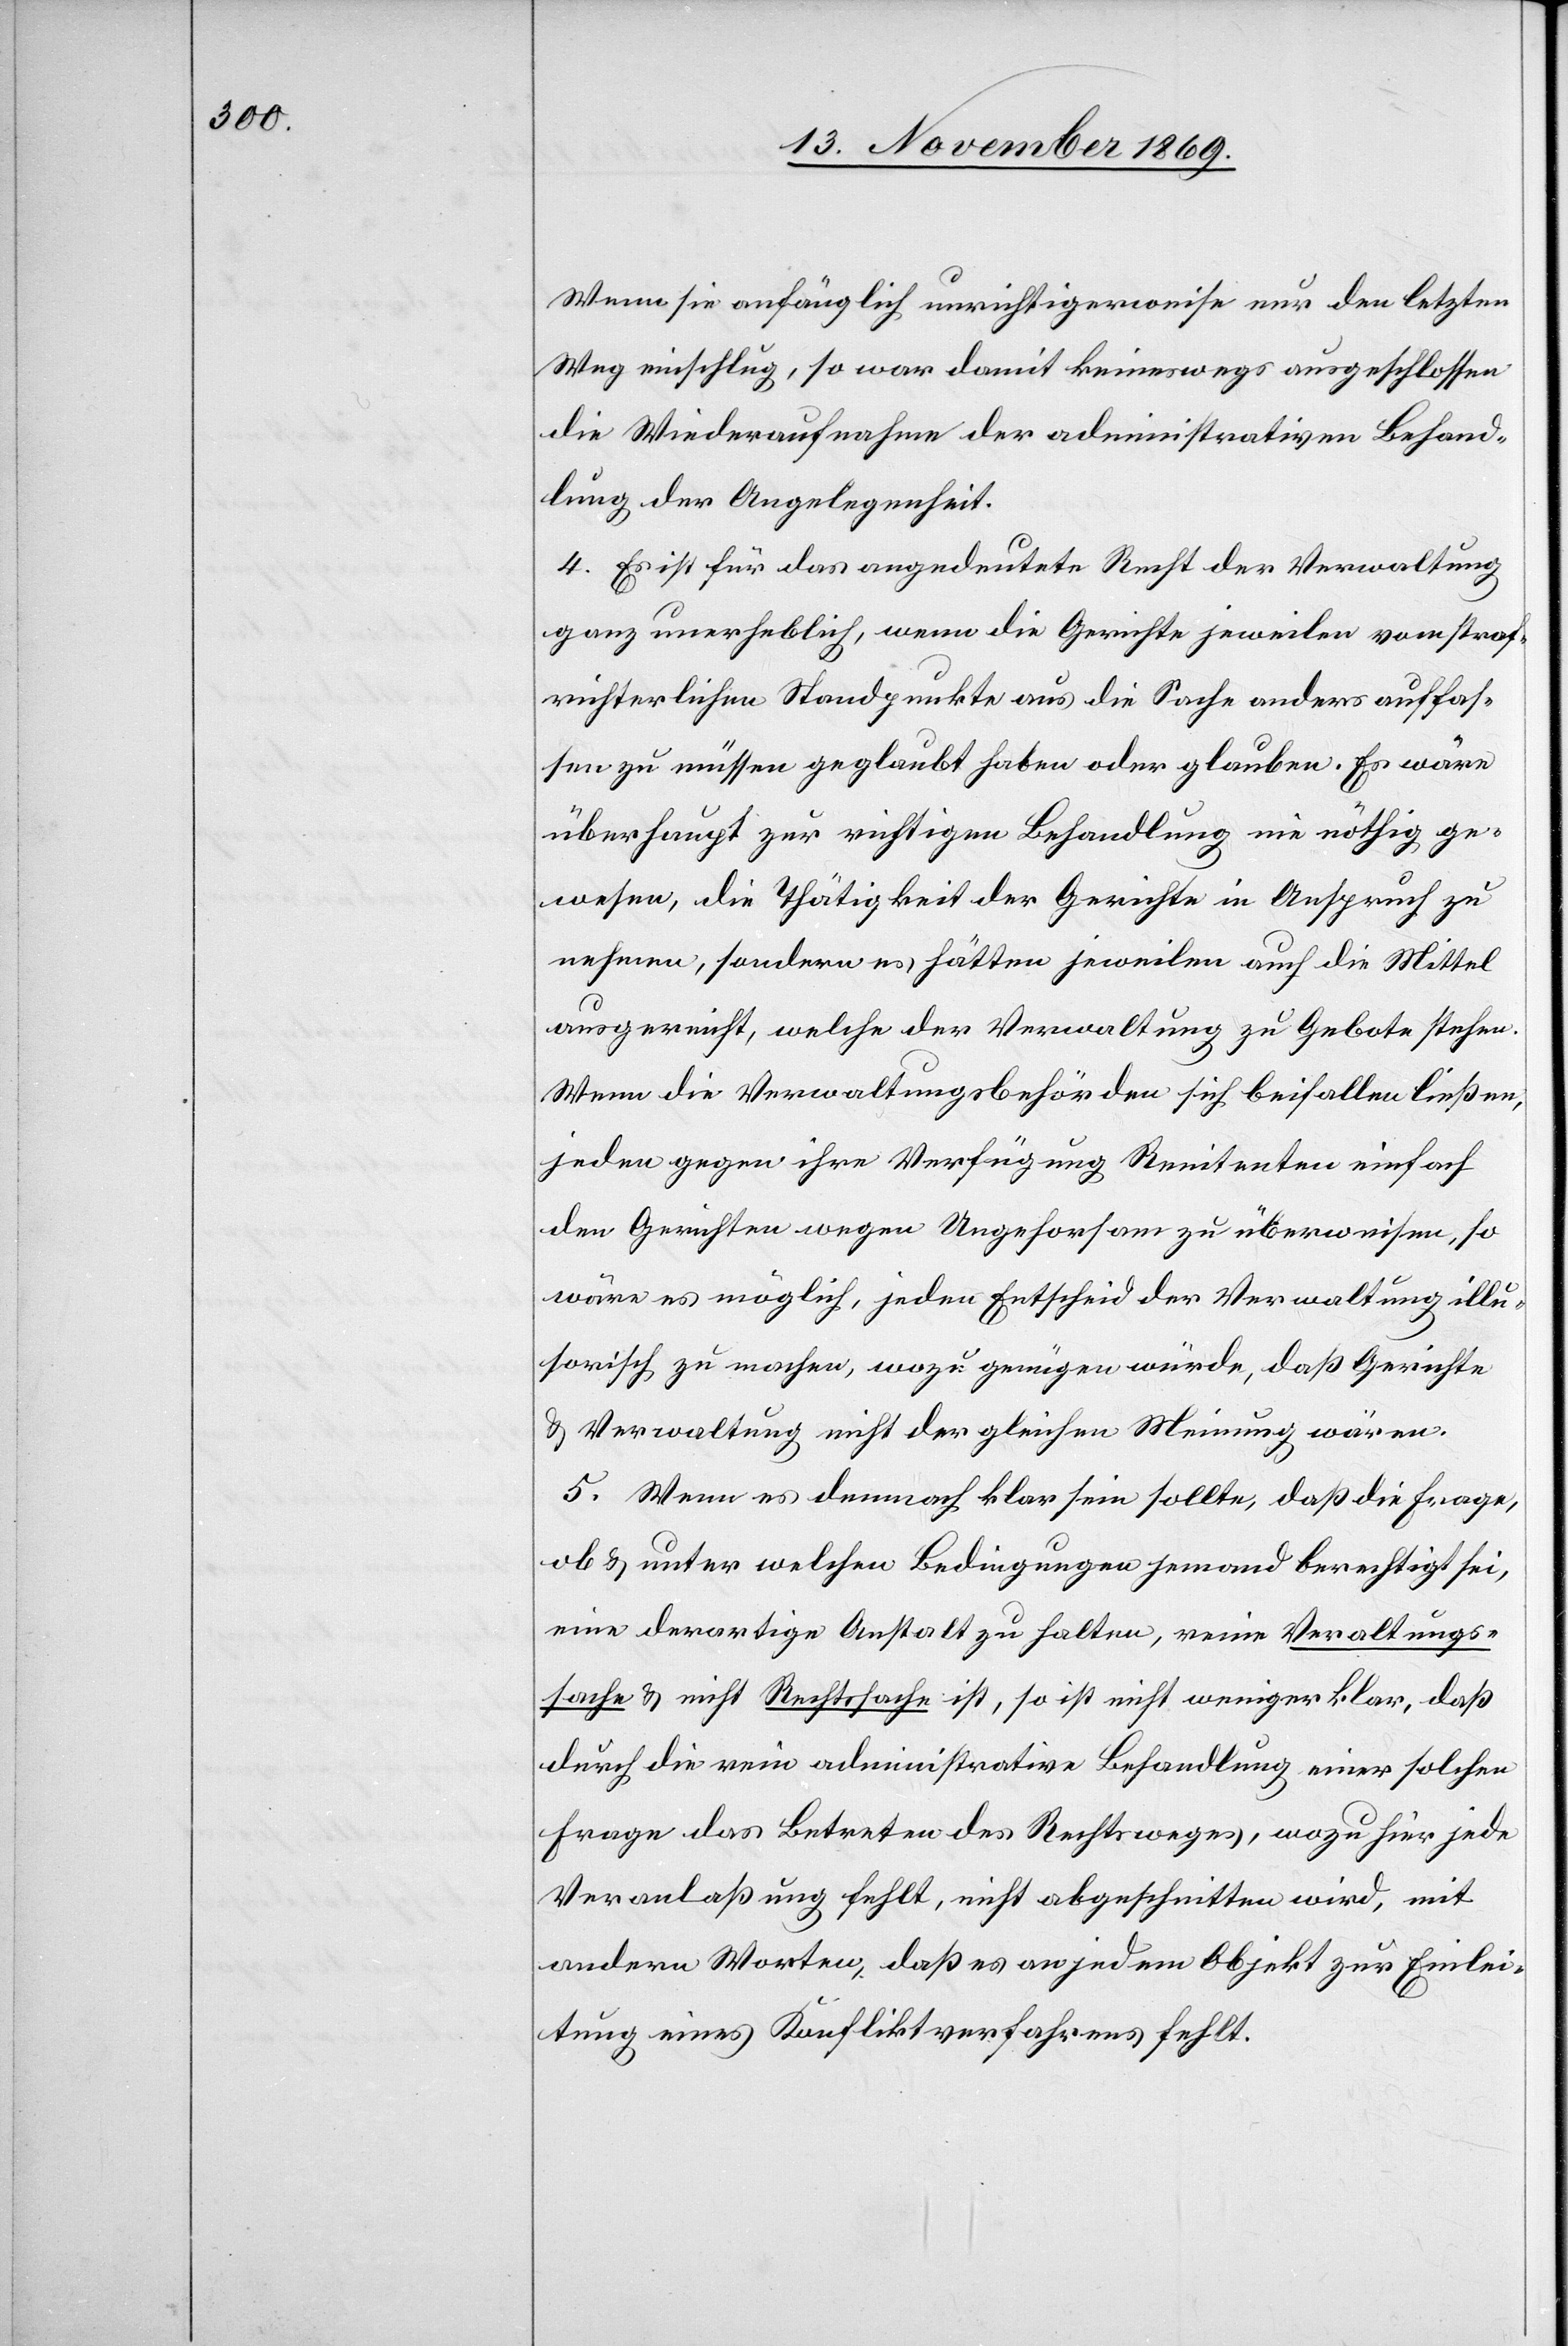
Wenn sie anfänglich unrichtigerweise nur den letzten
Weg einschlug, so war damit keineswegs ausgeschlossen
die Wiederaufnahme der administrativen Behand¬
lung der Angelegenheit.
4. Es ist für das angedeutete Recht der Verwaltung
ganz unerheblich, wenn die Gerichte jeweilen vom straf¬
richterlichen Standpunkte aus die Sache anders auffas¬
sen zu müssen geglaubt haben oder glauben. Es wäre
überhaupt zur richtigen Behandlung nie nöthig ge¬
wesen, die Thätigkeit der Gerichte in Anspruch zu
nehmen, sondern es hätten jeweilen auch die Mittel
ausgereicht, welche der Verwaltung zu Gebote stehen.
Wenn die Verwaltungsbehörden sich beifallen ließen,
jeden gegen ihre Verfügung Renitenten einfach
den Gerichten wegen Ungehorsam zu überweisen, so
wäre es möglich, jeden Entscheid der Verwaltung illu¬
sorisch zu machen, wozu genügen würde, daß Gerichte
& Verwaltung nicht der gleichen Meinung wären.
5. Wenn es demnach klar sein sollte, daß die Frage,
ob & unter welchen Bedingungen jemand berechtigt sei,
eine derartige Anstalt zu halten, reine Ver[w]altungs¬
sache & nicht Rechtssache ist, so ist nicht weniger klar, daß
durch die rein administrative Behandlung einer solchen
Frage das Betreten des Rechtsweges, wozu hier jede
Veranlaßung fehlt, nicht abgeschnitten wird, mit
andern Worten, daß es an jedem Objekt zur Einlei¬
tung eines Konfliktverfahrens fehlt.